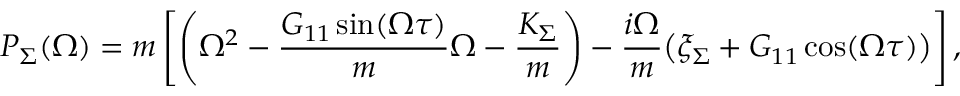
P _ { \Sigma } ( \Omega ) = m \left[ \left( \Omega ^ { 2 } - \frac { G _ { 1 1 } \sin ( \Omega \tau ) } { m } \Omega - \frac { K _ { \Sigma } } { m } \right) - \frac { i \Omega } { m } \big ( \xi _ { \Sigma } + G _ { 1 1 } \cos ( \Omega \tau ) \big ) \right] ,